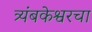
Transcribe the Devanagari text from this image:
त्र्यंबकेश्वरचा